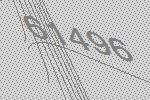
61496